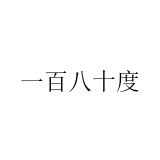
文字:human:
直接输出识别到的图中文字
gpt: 一百八十度